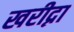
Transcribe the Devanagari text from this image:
खरीद्ना